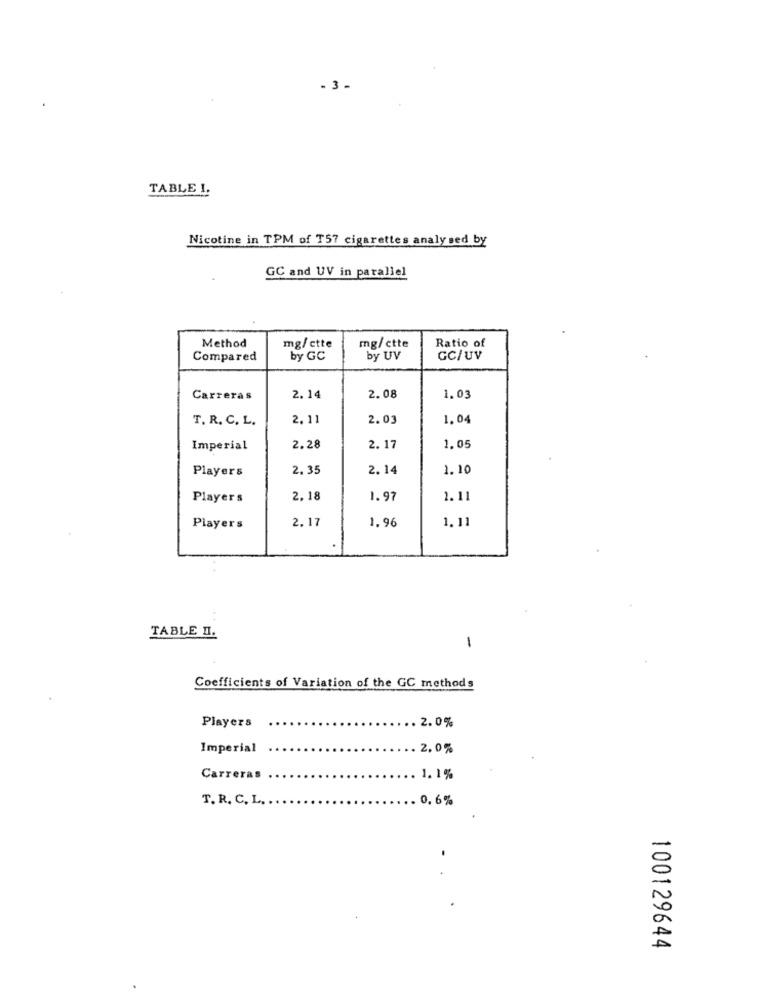
- 3 -
TABLE !.
Nicotine in TPM of T57 cigarettes analy sed by
GC and UV in parallel
Method
mg/ctte
mg/ctte
Ratio of
Compared
by GC
by UV
GC/UV
Carreras
2.14
2.08
1.03
T. R. C. L.
2.11
2.03
1.04
Imperial
2.28
2.17
1.05
Players
2. 35
2.14
1.10
Players
2,18
1.97
2.11
1.11
Players
2.17
1.96
TABLE II.
1
Coefficients of Variation of the GC methods
2.0%
Players
Imperial
. 2,0%
Carreras
1.1%
T. R. C, L. .
. 0, 6%
100129644